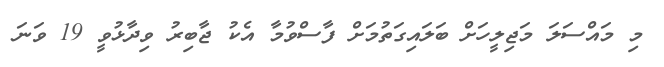
މި މައްސަލަ މަޖިލީހަށް ބަލައިގަތުމަށް ފާސްވުމާ އެކު ޖާބިރު ވިދާޅުވީ 19 ވަނަ